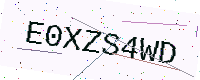
Text: E0XZS4WD